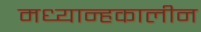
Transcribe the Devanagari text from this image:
मध्यान्हकालीन